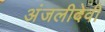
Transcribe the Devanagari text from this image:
अंजलीदेवी